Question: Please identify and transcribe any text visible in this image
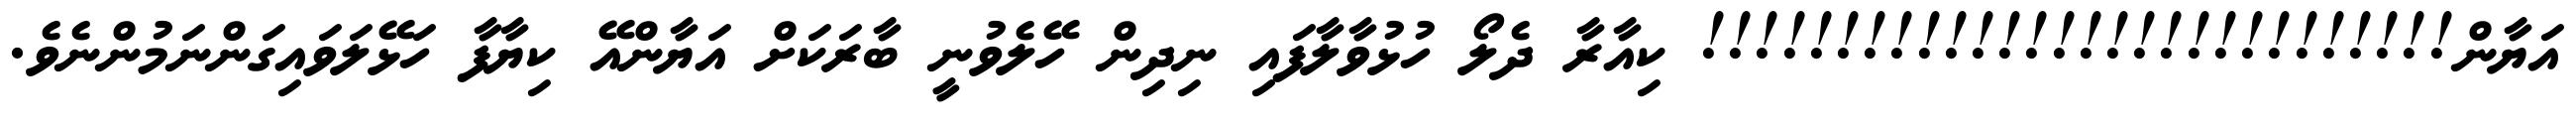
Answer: އަޔާން!!!!!!!!!!!!!!!!!!!!!!!!!!!! ކިއާރާ ދެލޯ ހުޅުވާލާފައި ނިދިން ހޭލެވުނީ ބާރަކަށް އަޔާންއޭ ކިޔާފާ ހަޅޭލަވައިގަންނަމުންނެވެ.